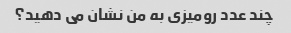
چند عدد رومیزی به من نشان می دهید؟